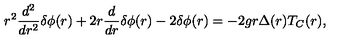
r ^ { 2 } \frac { d ^ { 2 } } { d r ^ { 2 } } { \delta } { \phi } ( r ) + 2 r \frac { d } { d r } { \delta } { \phi } ( r ) - 2 { \delta } { \phi } ( r ) = - 2 g r { \Delta } ( r ) T _ { C } ( r ) ,